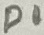
Text: D1